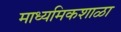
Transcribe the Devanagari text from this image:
माध्यमिकशाळा